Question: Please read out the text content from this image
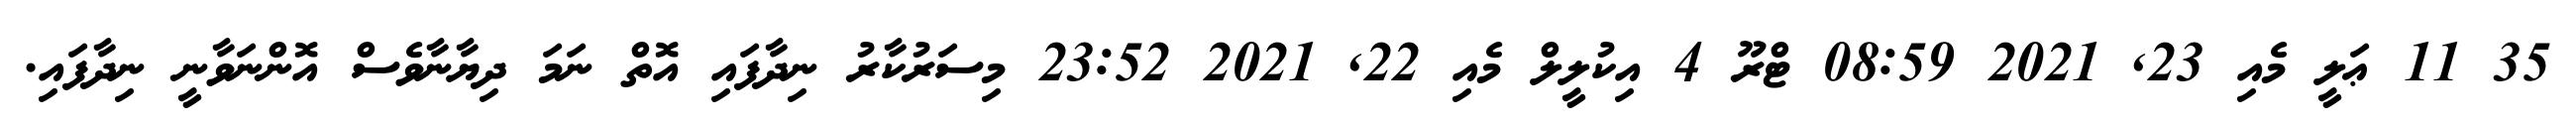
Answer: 35 11 ޢަލީ މެއި 23, 2021 08:59 ޓްރޫ 4 އިކުލީލް މެއި 22, 2021 23:52 މިސަރުކާރު ނިދާފައި އޮތް ނަމަ ދިޔާނާވެސް އޮންނަވާނީ ނިދާފައި.